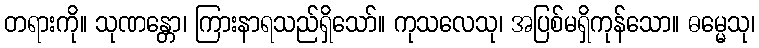
တရားကို။ သုဏန္တော၊ ကြားနာရသည်ရှိသော်။ ကုသလေသု၊ အပြစ်မရှိကုန်သော။ ဓမ္မေသု၊